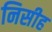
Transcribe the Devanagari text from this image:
निसीह